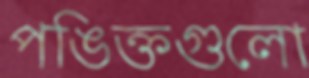
পঙিক্তগুলো